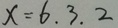
x = 6 . 3 . 2 .